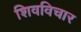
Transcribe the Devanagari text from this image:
शिवविचार